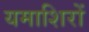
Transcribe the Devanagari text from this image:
यमाशिरों